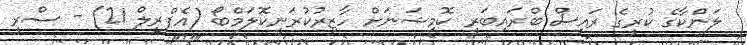
ލަންކާގެ ކުރީގެ ރައީސް ބްރައިބަރީ ކޮމިޝަނަށް ހާޒިރުކުރަނީކޮލަމްބޯ (އެޕްރީލް 21) - ސްރީ